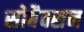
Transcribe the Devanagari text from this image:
सोबैक्सन